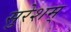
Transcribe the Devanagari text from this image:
सुरेशम्‌